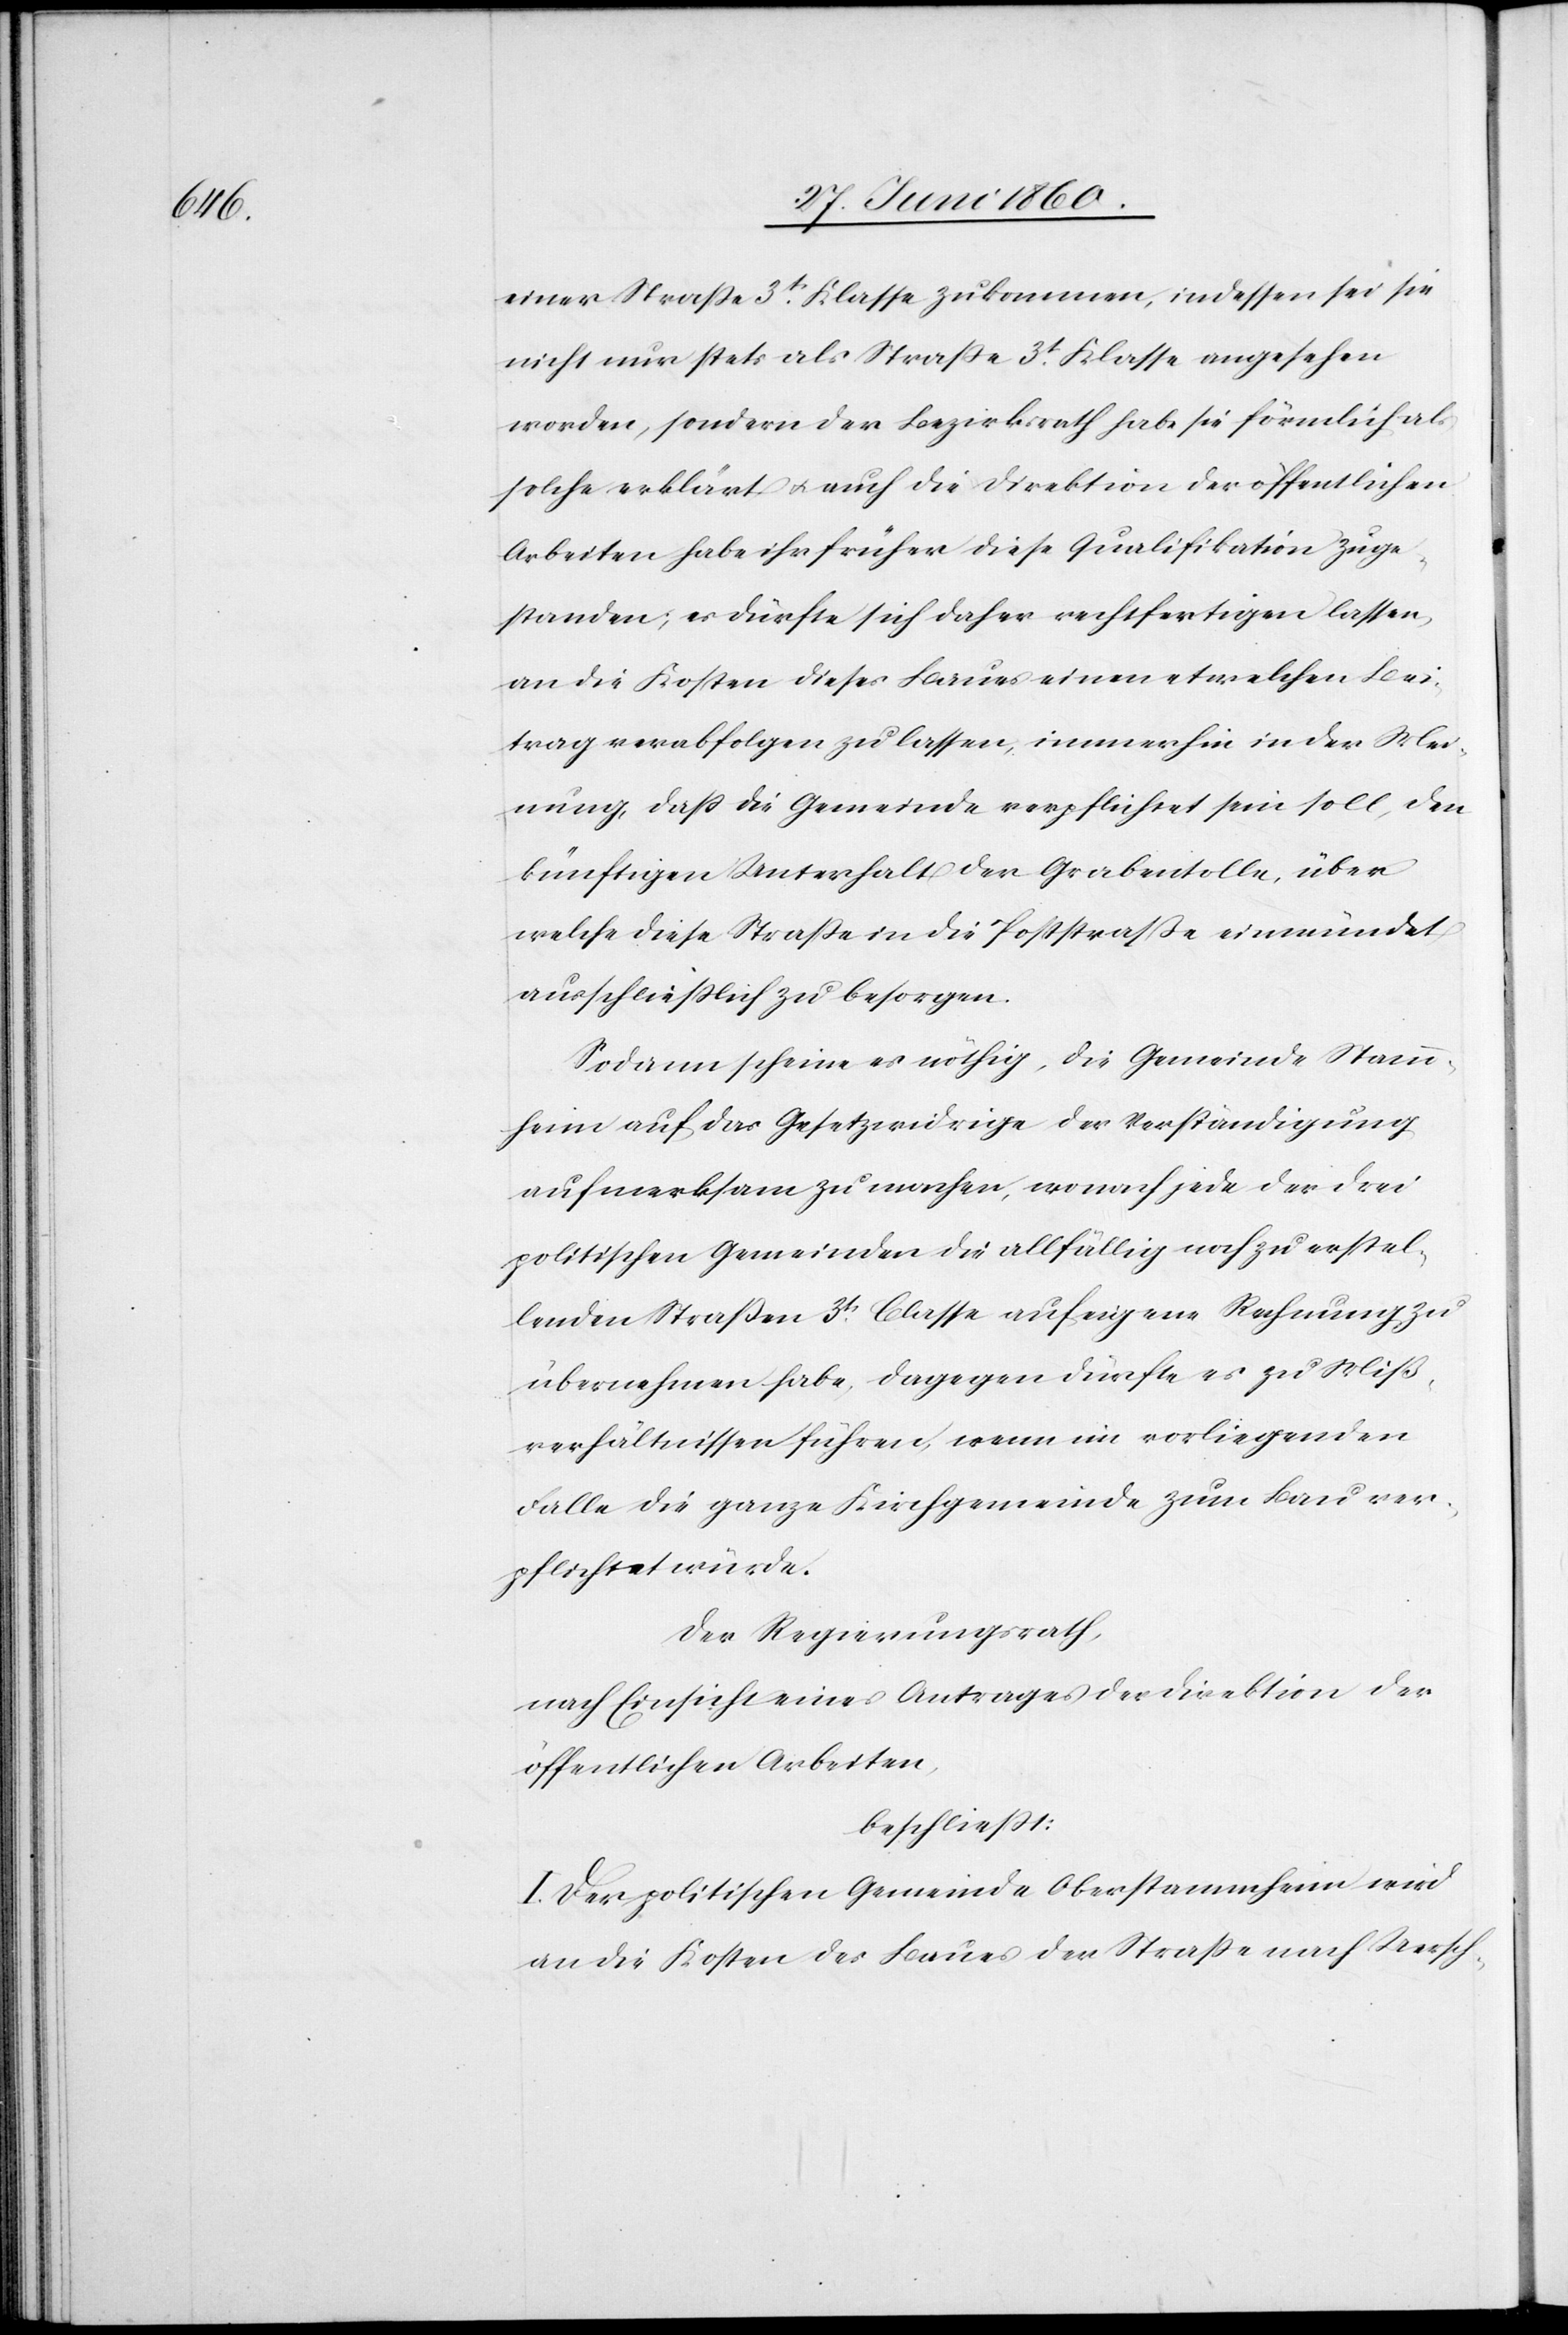
einer [sic!] Strasse 3tr Klasse zukommen, indessen sei sie
nicht nur stets als Strasse 3t Klasse angesehen
worden, sondern der Bezirksrath habe sie förmlich als
solche erklärt, u. auch die Direktion der öffentlichen
Arbeiten habe ihr früher diese Qualifikation zuge¬
standen; es dürfte sich daher rechtfertigen lassen,
an die Kosten dieses Baues einen etwelchen Bei¬
trag verabfolgen zu lassen, immerhin in der Mei¬
nung, dass die Gemeinde verpflichtet sein soll, den
künftigen Unterhalt der Grabentolle, über
welche diese Strasse in die Poststraße einmündet
ausschliesslich zu besorgen.
Sodann scheine es nöthig, die Gemeinde Stamm¬
heim auf das Gesetzwidrige der Verständigung
aufmerksam zu machen, wonach jede der drei
politischen Gemeinden die allfällig noch zu erstel¬
lenden Straßen 3tr Classe auf eigene Rechnung zu
übernehmen habe, dagegen dürfte es zu Miß¬
verhältnissen führen, wenn im vorliegenden
Falle die ganze Kirchgemeinde zum Bau ver¬
pflichtet würde.
Der Regierungsrath,
nach Einsicht eines Antrages der Direktion der
öffentlichen Arbeiten,
beschliesst:
I. Der politischen Gemeinde Oberstammheim wird
an die Kosten des Baues der Strasse nach Uersch-